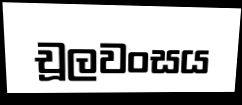
චූලවංසය